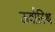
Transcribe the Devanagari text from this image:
ऊर्वास्थि